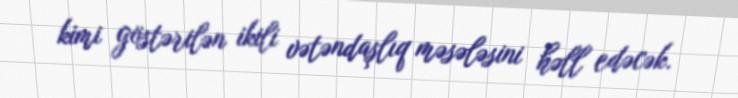
kimi göstərilən ikili vətəndaşlıq məsələsini həll edəcək.